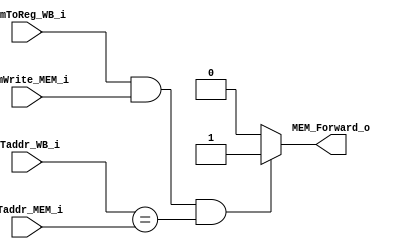
module MEM_ForwardingUnit(MemToReg_WB_i, MemWrite_MEM_i, RTaddr_WB_i, RTaddr_MEM_i, MEM_Forward_o);

input MemToReg_WB_i, MemWrite_MEM_i;
input [2:0] RTaddr_WB_i, RTaddr_MEM_i;

output reg MEM_Forward_o;

always@(*)
    if(MemToReg_WB_i && MemWrite_MEM_i && RTaddr_WB_i == RTaddr_MEM_i)
        MEM_Forward_o = 1'b1;
    else
        MEM_Forward_o = 1'b0;

endmodule